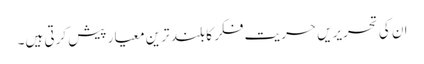
ان کی تحریریں حریت فکر کا بلند ترین معیار پیش کرتی ہیں۔